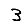
Digit: 3